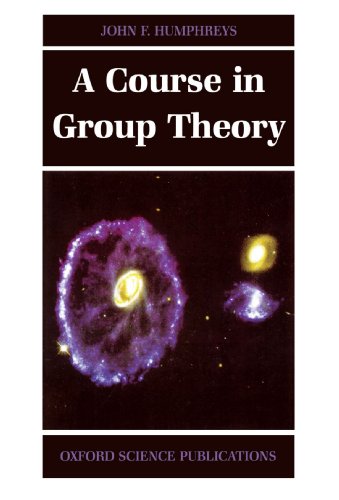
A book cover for A Course in Group Theory (Oxford Science Publications); John F. Humphreys; Science & Math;